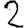
Digit: 2